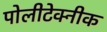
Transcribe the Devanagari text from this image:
पोलीटेक्‍नीक